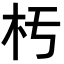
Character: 𣏓